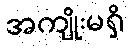
အကျိုးမရှိ